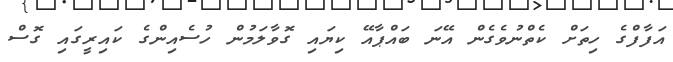
އަފާފްގެ ހިތަށް ކެތްނުވެގެން އޭނަ ބައްޕާއޭ ކިޔައި ގޮވާލަމުން ހުސެއިންގެ ކައިރީގައި ގޮސް